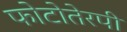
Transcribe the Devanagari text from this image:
फोटोतेरपी